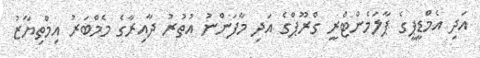
އަދި އެމްޑީޕީގެ ޕާލަމެންޓްރީ ގްރޫޕްގެ އަދި މާފަންނު އުތުރު ދާއިރާގެ މެމްބަރު އިމްތިޔާޒު